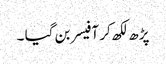
پڑھ لکھ کر آفیسر بن گیا ۔